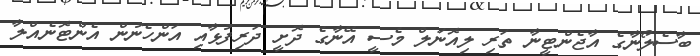
ބާސެލޯނާގެ އާޖެންޓީނާ ތަރި ލިއޮނަލް މެސީ އޭނާގެ ދޮށީ ދަރިފުޅާއި އަންހެނުން އެންޓޮނެއްލާ